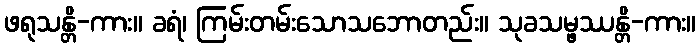
ဖရုသန္တိ-ကား။ ခရံ၊ ကြမ်းတမ်းသောသဘောတည်း။ သုခသမ္ဖဿန္တိ-ကား။